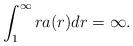
LaTeX: \begin{align*}\int_1^{\infty} r a(r) dr = \infty.\end{align*}